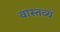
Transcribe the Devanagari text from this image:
वास्तव्यं